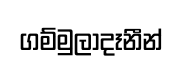
ගම්මුලාදෑනීන්